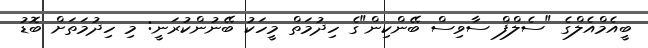
ބީއެމްއެލްގެ "ސެލްފް ސާވިސް ބޭންކިން"ގެ ހިދުމަތް މީހަކު ބޭނުންކުރަނީ: މި ހިދުމަތަށް ބޮޑު